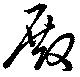
殿